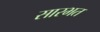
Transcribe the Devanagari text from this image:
सारभत